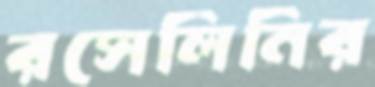
রসেলিনির